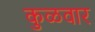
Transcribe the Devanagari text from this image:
कुळवार